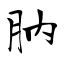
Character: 肭